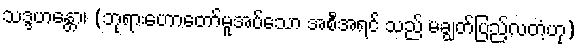
သဒ္ဒဟန္တော၊ (ဘုရားဟောတော်မူအပ်သော အစီအရင် သည် မချွတ်ပြည့်လတံ့ဟု)